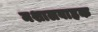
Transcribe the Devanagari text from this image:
मशालवाहक